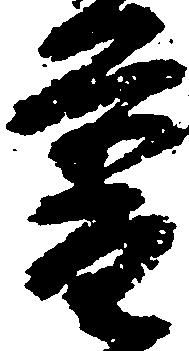
普